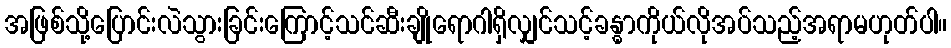
အဖြစ်သို့ပြောင်းလဲသွားခြင်းကြောင့်သင်ဆီးချိုရောဂါရှိလျှင်သင့်ခန္ဓာကိုယ်လိုအပ်သည့်အရာမဟုတ်ပါ။